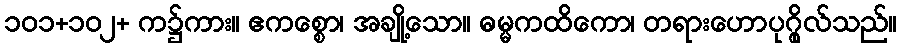
၁၀၁+၁၀၂+ က၌ကား။ ဧကစ္စော၊ အချို့သော။ ဓမ္မကထိကော၊ တရားဟောပုဂ္ဂိုလ်သည်။